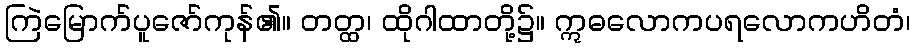
ကြဲမြောက်ပူဇော်ကုန်၏။ တတ္ထ၊ ထိုဂါထာတို့၌။ ဣဓလောကပရလောကဟိတံ၊